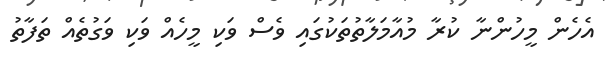
އެހެން މީހުންނާ ކުރާ މުއާމަލާތުތަކުގައި ވެސް ވަކި މީހެއް ވަކި ވަގުތެއް ތަފާތު